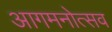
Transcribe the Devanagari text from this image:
आगमनोत्सव